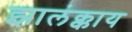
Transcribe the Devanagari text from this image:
झालंक्काय